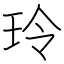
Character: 玲